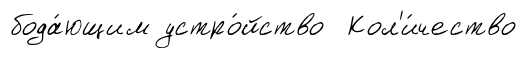
бода́ющим устро́йство Кол'и́чество